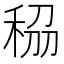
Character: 𥞮